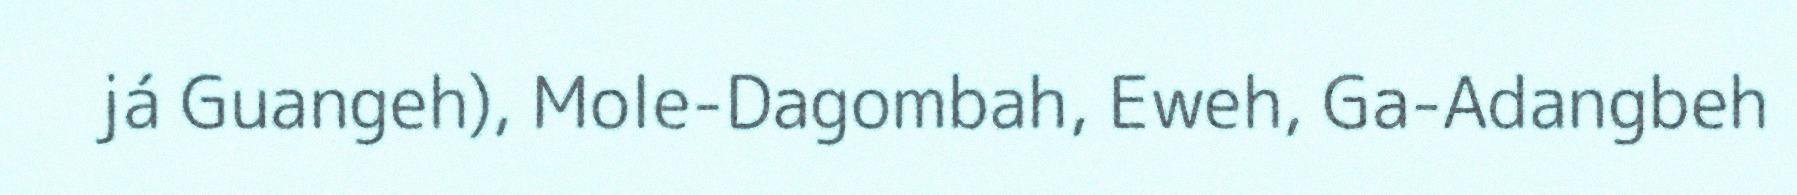
já Guangeh), Mole-Dagombah, Eweh, Ga-Adangbeh